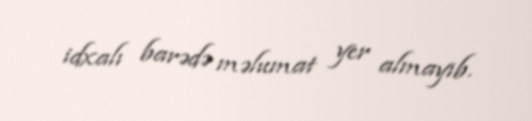
idxalı barədə məlumat yer almayıb.